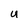
Character: U